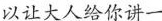
以让大人给你讲一